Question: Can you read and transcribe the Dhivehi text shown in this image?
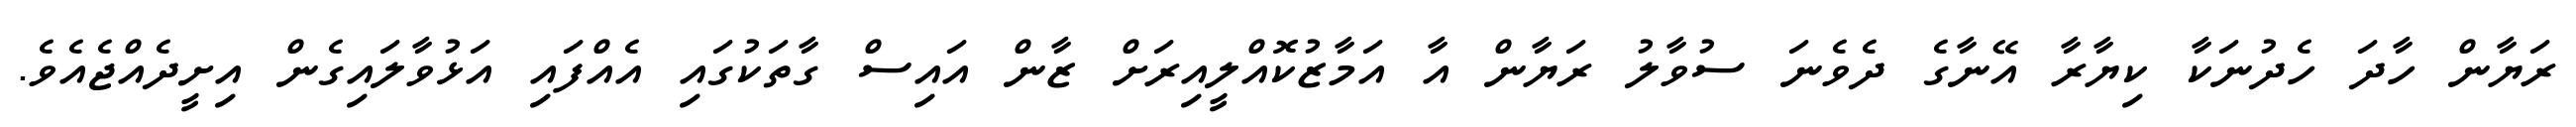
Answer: ރަޔާން ހާދަ ހެދުނަކާ ކިޔާރާ އޭނާގެ ދެވެނަ ސުވާލު ރަޔާން އާ އަމާޒުކޮއްލީއިރަށް ޒާން އައިސް ގާތަކުގައި އެއްފައި އަޅުވާލައިގެން އިށީދެއްޖެއެވެ.